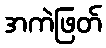
အကဲဖြတ်